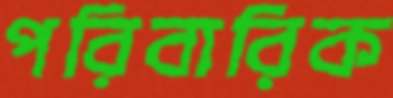
পরিবারিক